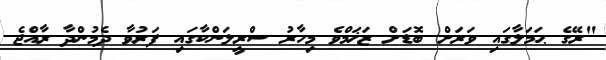
"ރޭގެ ޙަމަލާގައި ވަރަށް ބޮޑަށް ޒަޚަމްވެ މިހާރު ސްރީލަންކާގައި ފަރުވާ ދެމުންދާ ރާއްޖެ